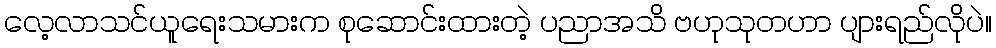
လေ့လာသင်ယူရေးသမားက စုဆောင်းထားတဲ့ ပညာအသိ ဗဟုသုတဟာ ပျားရည်လိုပဲ။